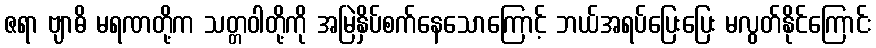
ဇရာ ဗျာဓိ မရဏတို့က သတ္တဝါတို့ကို အမြဲနှိပ်စက်နေသောကြောင့် ဘယ်အရပ်ပြေးပြေး မလွတ်နိုင်ကြောင်း